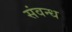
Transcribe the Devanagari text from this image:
संवन्ध